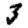
Digit: 3